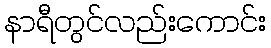
နာရီတွင်လည်းကောင်း